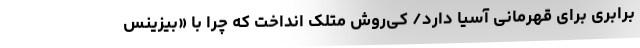
برابری برای قهرمانی آسیا دارد/ کی‌روش متلک انداخت که چرا با «بیزینس